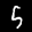
Label: 5